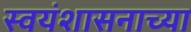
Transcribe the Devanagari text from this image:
स्वयंशासनाच्या